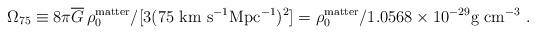
LaTeX: \begin{align*}\Omega_{75} \equiv 8\pi \overline{G}\, \rho^{\rm matter}_0 /[3 (75\ \hbox{km s}^{-1}\hbox{Mpc}^{-1})^2] = \rho^{\rm matter}_0 / 1.0568 \times 10^{-29} \hbox{g cm}^{-3} \ . \end{align*}